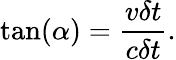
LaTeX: \tan(\alpha)={\frac{v\delta t}{c\delta t}}.